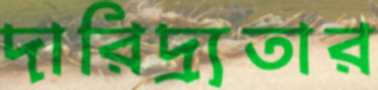
দারিদ্র্যতার